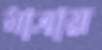
মাত্রায়